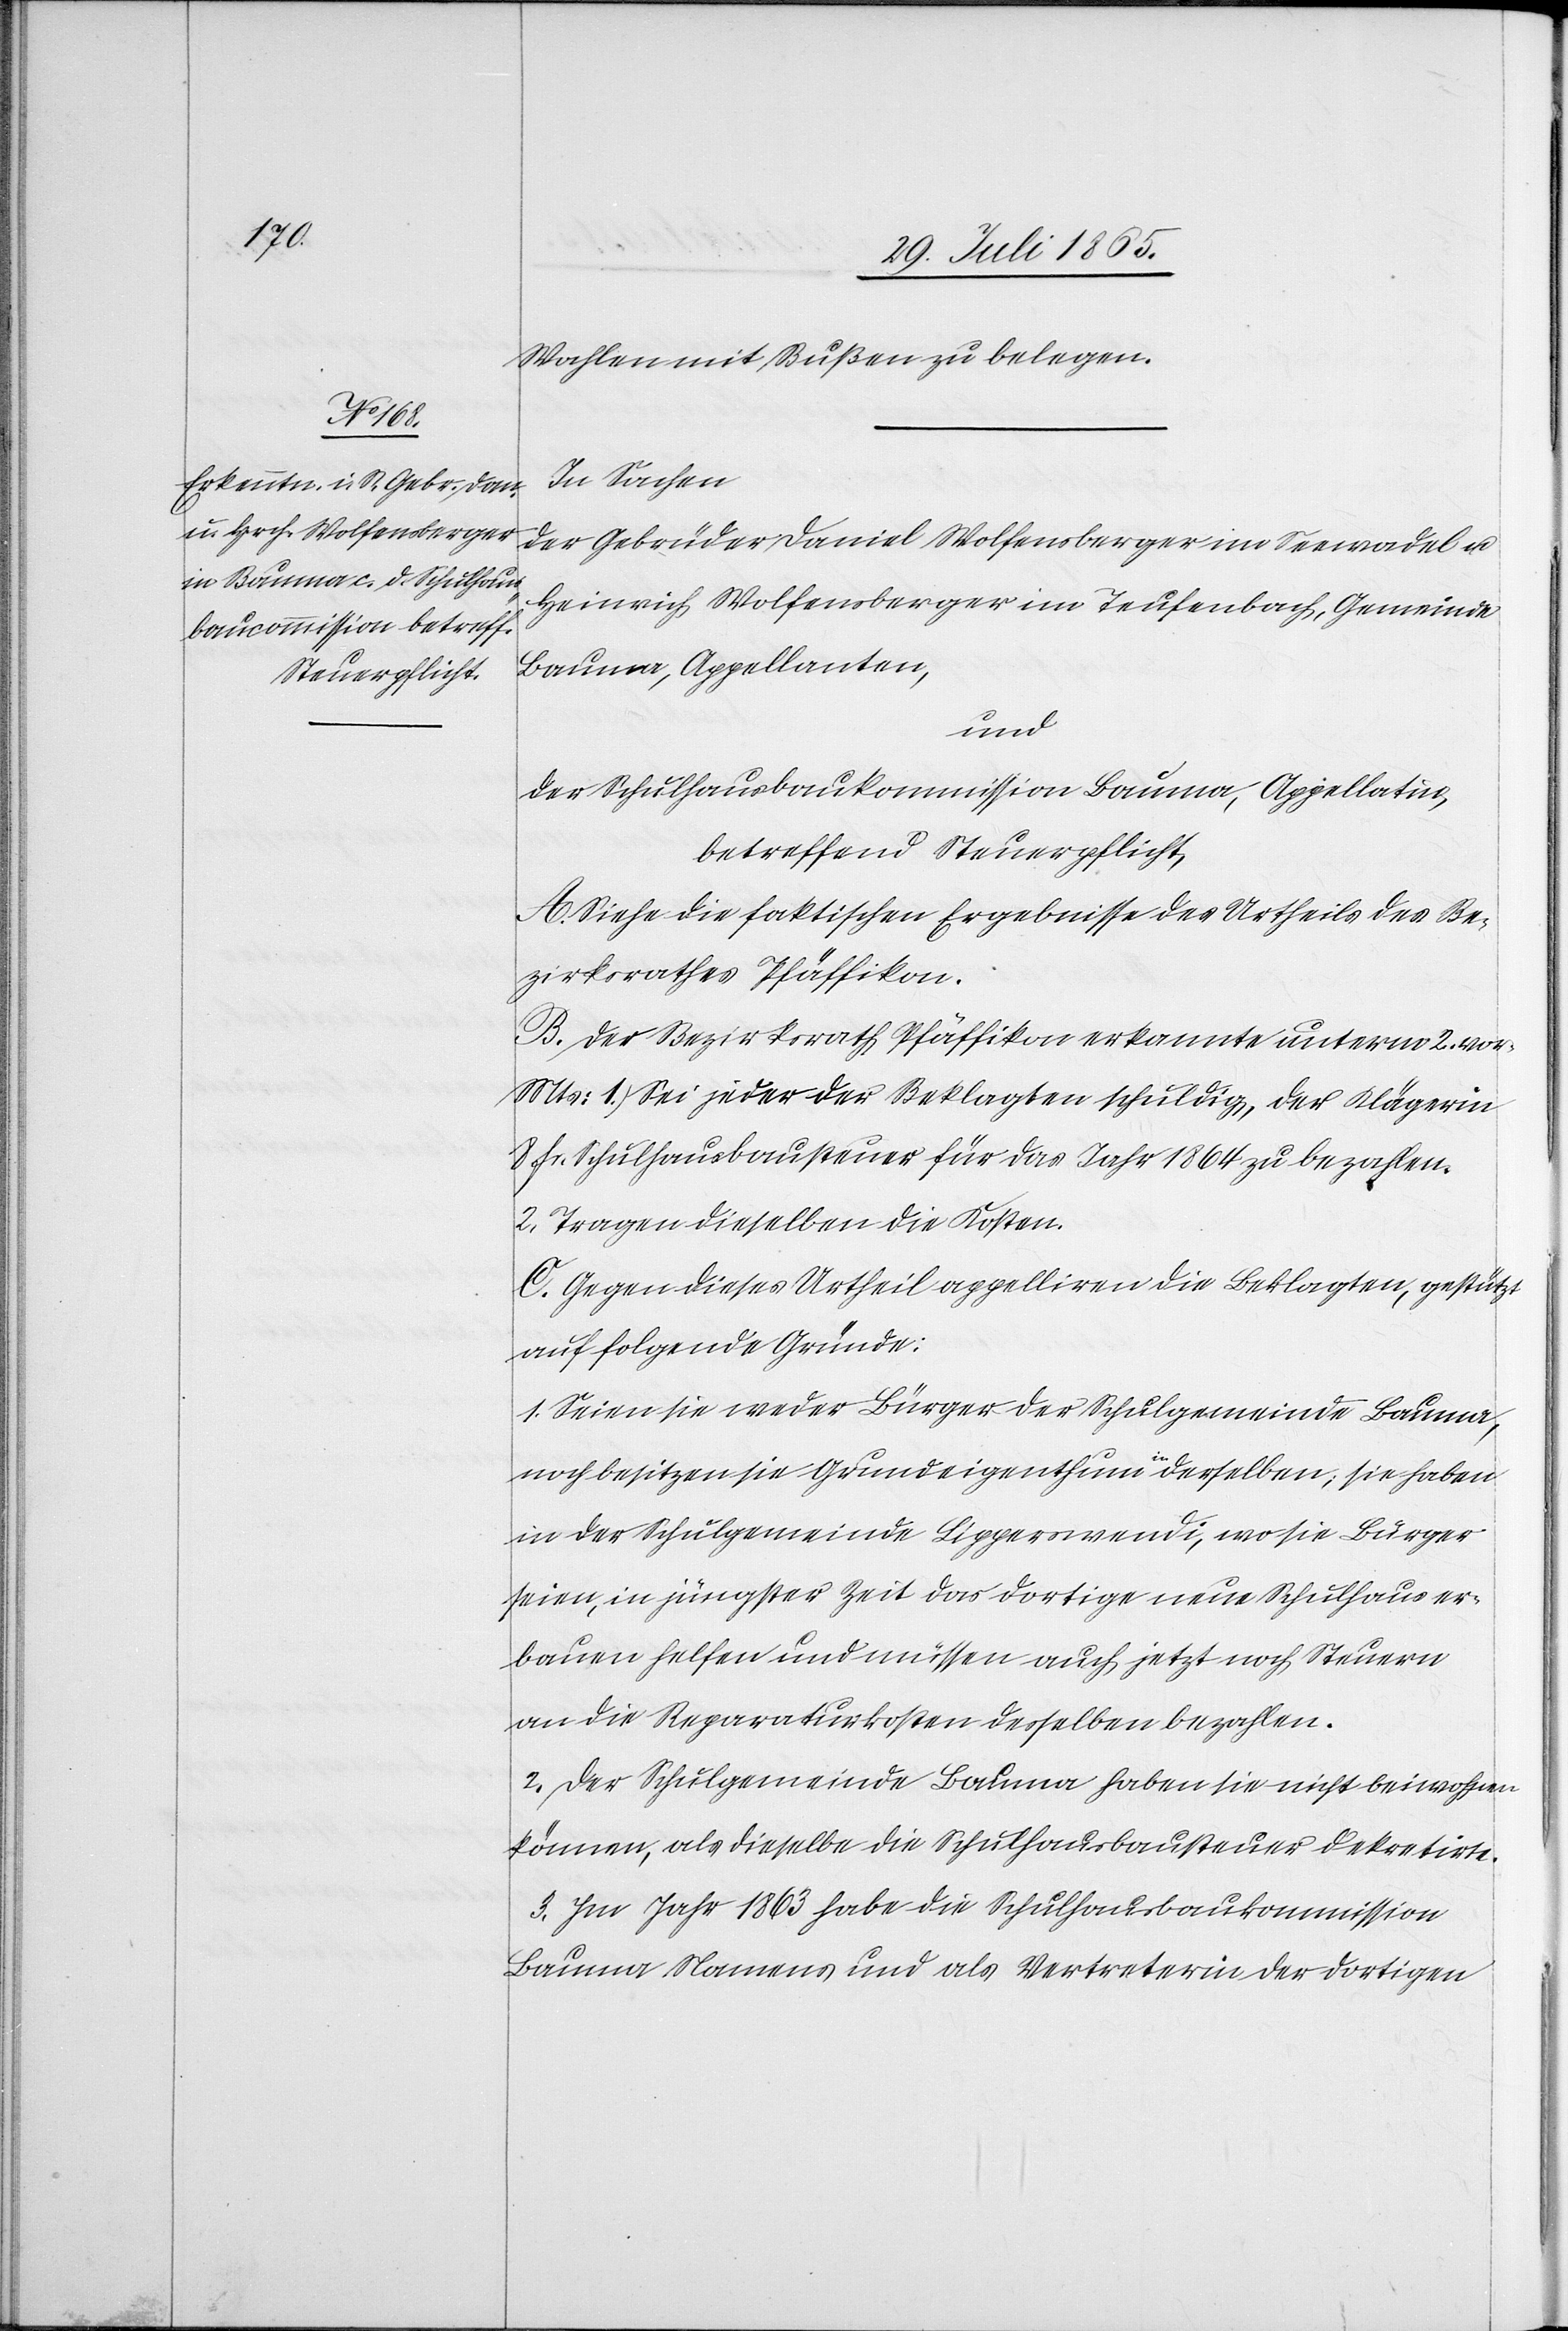
In Sachen
der Gebrüder Daniel Wolfensberger im Seewald u.
Heinrich Wolfensberger im Teufenbach, Gemeinde
Bauma, Appellanten,
und
der Schulhausbaukommission Bauma, Appellatin,
betreffend Steuerpflicht,
A. Siehe die faktischen Ergebnisse des Urtheils des Be¬
zirksrathes Pfäffikon.
B. Der Bezirksrath Pfäffikon erkannte unterm 2. vor.
1. Sei jeder der Beklagten schuldig, der Klägerin
8 fr. Schulhausbausteuer für das Jahr 1864 zu bezahlen.
2. Tragen dieselben die Kosten.
C. Gegen dieses Urtheil appelliren die Beklagten, gestützt
auf folgende Gründe:
1. Seien sie weder Bürger der Schulgemeinde Bauma,
noch besitzen sie Grundeigenthum in derselben; sie haben
in der Schulgemeinde Lipperswendi, wo sie Bürger
seien, in jüngster Zeit das dortige neue Schulhaus er¬
bauen helfen und müssen auch jetzt noch Steuern
an die Reparaturkosten desselben bezahlen.
2. Der Schulgemeinde Bauma haben sie nicht beiwohnen
können, als dieselbe die Schulhausbausteuer dekretirte.
3. Im Jahr 1863 habe die Schulhausbaukommission
Bauma Namens und als Vertreterin der dortigen